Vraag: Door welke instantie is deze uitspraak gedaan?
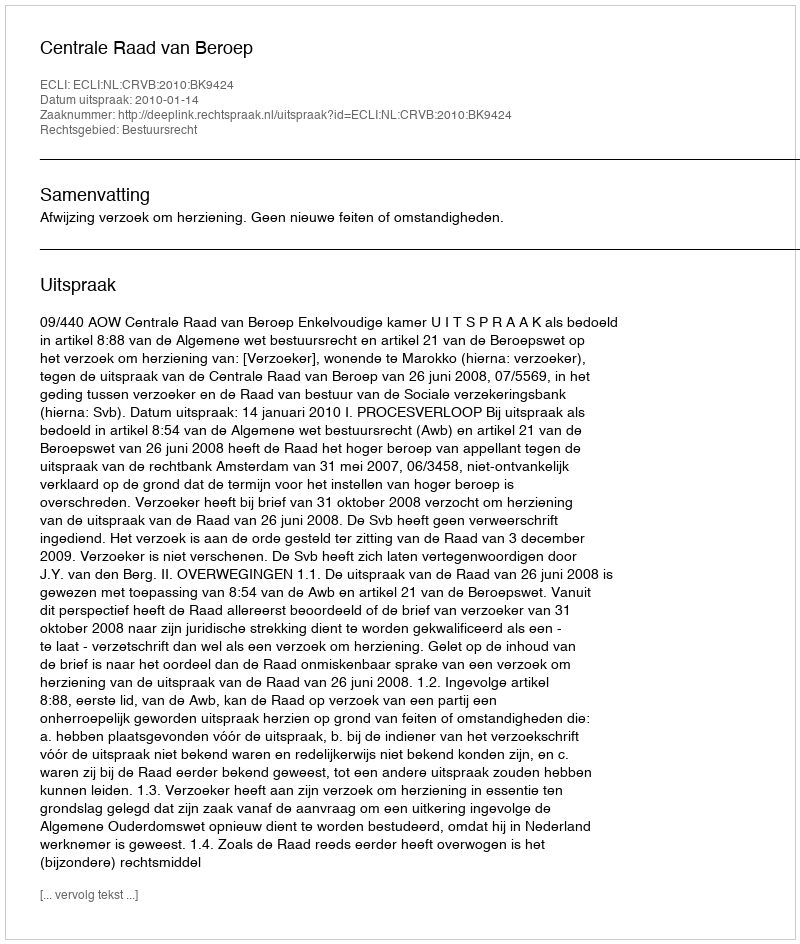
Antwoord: Centrale Raad van Beroep